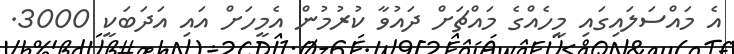
އެ މައްސަލައިގައި މީހެއްގެ މައްޗަށް ދައުވާ ކުރުމުން އެމީހަށް އައި އަދަބަކީ 3000.